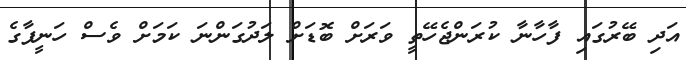
އަދި ބޭރުގައި ފާހާނާ ކުރަންޖެހޭތީ ވަރަށް ބޮޑަށް ލަދުގަންނަ ކަމަށް ވެސް ހަނީފާގެ